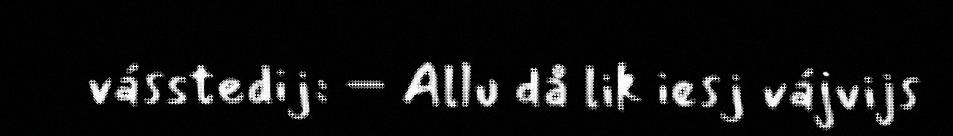
vásstedij: – Allu då lik iesj vájvijs